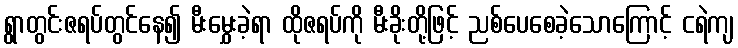
ရွာတွင်းဇရပ်တွင်နေ၍ မီးမွှေးခဲ့ရာ ထိုဇရပ်ကို မီးခိုးတို့ဖြင့် ညစ်ပေစေခဲ့သောကြောင့် ငရဲကျ